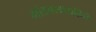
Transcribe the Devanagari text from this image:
भांडवलशाहिने